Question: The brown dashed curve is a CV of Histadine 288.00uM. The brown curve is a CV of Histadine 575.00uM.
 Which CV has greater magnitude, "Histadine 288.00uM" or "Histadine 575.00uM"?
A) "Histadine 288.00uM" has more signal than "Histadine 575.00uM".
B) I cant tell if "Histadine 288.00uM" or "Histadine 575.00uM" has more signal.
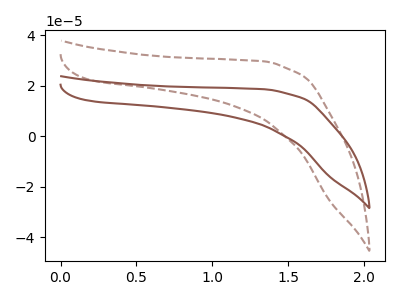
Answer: <think>The brown dashed curve "Histadine 288.00uM" has no peaks. The brown curve "Histadine 575.00uM" has no peaks.
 Neither "Histadine 288.00uM" or "Histadine 575.00uM" have any peaks.</think>
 <answer>B) I cant tell if "Histadine 288.00uM" or "Histadine 575.00uM" has more signal.</answer>
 <eval>B</eval>